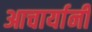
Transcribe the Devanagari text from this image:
आचार्यानी